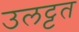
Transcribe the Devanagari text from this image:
उलट्टत